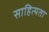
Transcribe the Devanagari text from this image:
साहित्यता